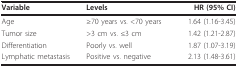
<table><thead><tr><td><b>Variable</b></td><td><b>Levels</b></td><td><b>HR (95% CI)</b></td></tr></thead><tbody><tr><td>Age</td><td>≥70 years vs. &lt;70 years</td><td>1.64 (1.16-3.45)</td></tr><tr><td>Tumor size</td><td>&gt;3 cm vs. ≤3 cm</td><td>1.42 (1.21-2.87)</td></tr><tr><td>Differentiation</td><td>Poorly vs. well</td><td>1.87 (1.07-3.19)</td></tr><tr><td>Lymphatic metastasis</td><td>Positive vs. negative</td><td>2.13 (1.48-3.61)</td></tr></tbody></table>